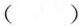
( )